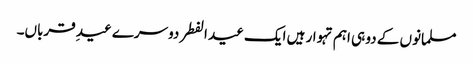
مسلمانوں کے دو ہی اہم تہوار ہیں ایک عید الفطر دوسرے عیدِ قرباں۔